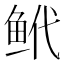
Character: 𬶌